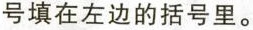
号填在左边的括号里。